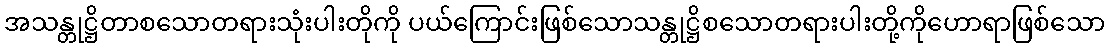
အသန္တုဋ္ဌိတာစသောတရားသုံးပါးတိုကို ပယ်ကြောင်းဖြစ်သောသန္တုဋ္ဌိစသောတရားပါးတို့ကိုဟောရာဖြစ်သော